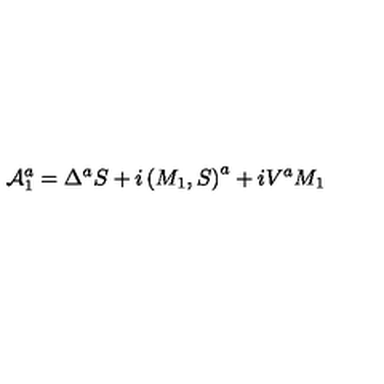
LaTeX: { \cal A } _ { 1 } ^ { a } = \Delta ^ { a } S + i \left( M _ { 1 } , S \right) ^ { a } + i V ^ { a } M _ { 1 }